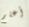
أعلم